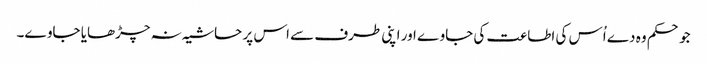
جو حکم وہ دے اُس کی اطاعت کی جاوے اور اپنی طرف سے اس پر حاشیہ نہ چڑھایا جاوے۔